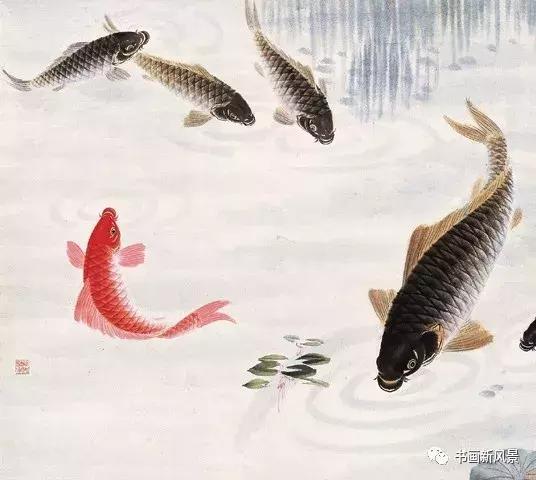
肉腐出虫，鱼枯生蠹。